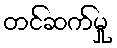
တင်ဆက်မှု